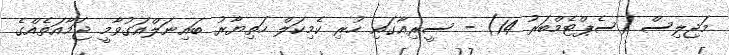
މަޖިލިސް (ސެޕްޓެމްބަރު 14) - ސީރިއާގައި ހުރި ކެމިކަލް ހަތިޔާރު ބައިނަލްއަގުވާމީ ޖަމާއަތެއްގެ